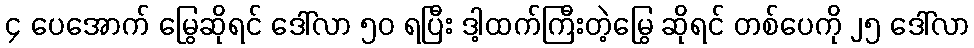
၄ ပေအောက် မြွေဆိုရင် ဒေါ်လာ ၅၀ ရပြီး ဒါ့ထက်ကြီးတဲ့မြွေ ဆိုရင် တစ်ပေကို ၂၅ ဒေါ်လာ